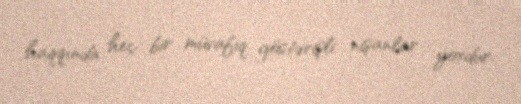
haqqında heç bir müvafiq göstərişli nişanlar yoxdur.